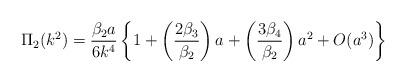
LaTeX: \begin{align*}\Pi_2(k^2)=\frac{\beta_2a}{6k^4}\left\{1+\left(\frac{2\beta_3}{\beta_2}\right){a}+\left(\frac{3\beta_4}{\beta_2}\right){a}^2+O({a}^3)\right\}\end{align*}